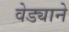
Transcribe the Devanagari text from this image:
वेड्याने